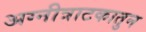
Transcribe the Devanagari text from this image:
अग्नीत्राटकातुन